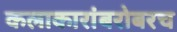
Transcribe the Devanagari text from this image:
कलाकारांबरोबरच